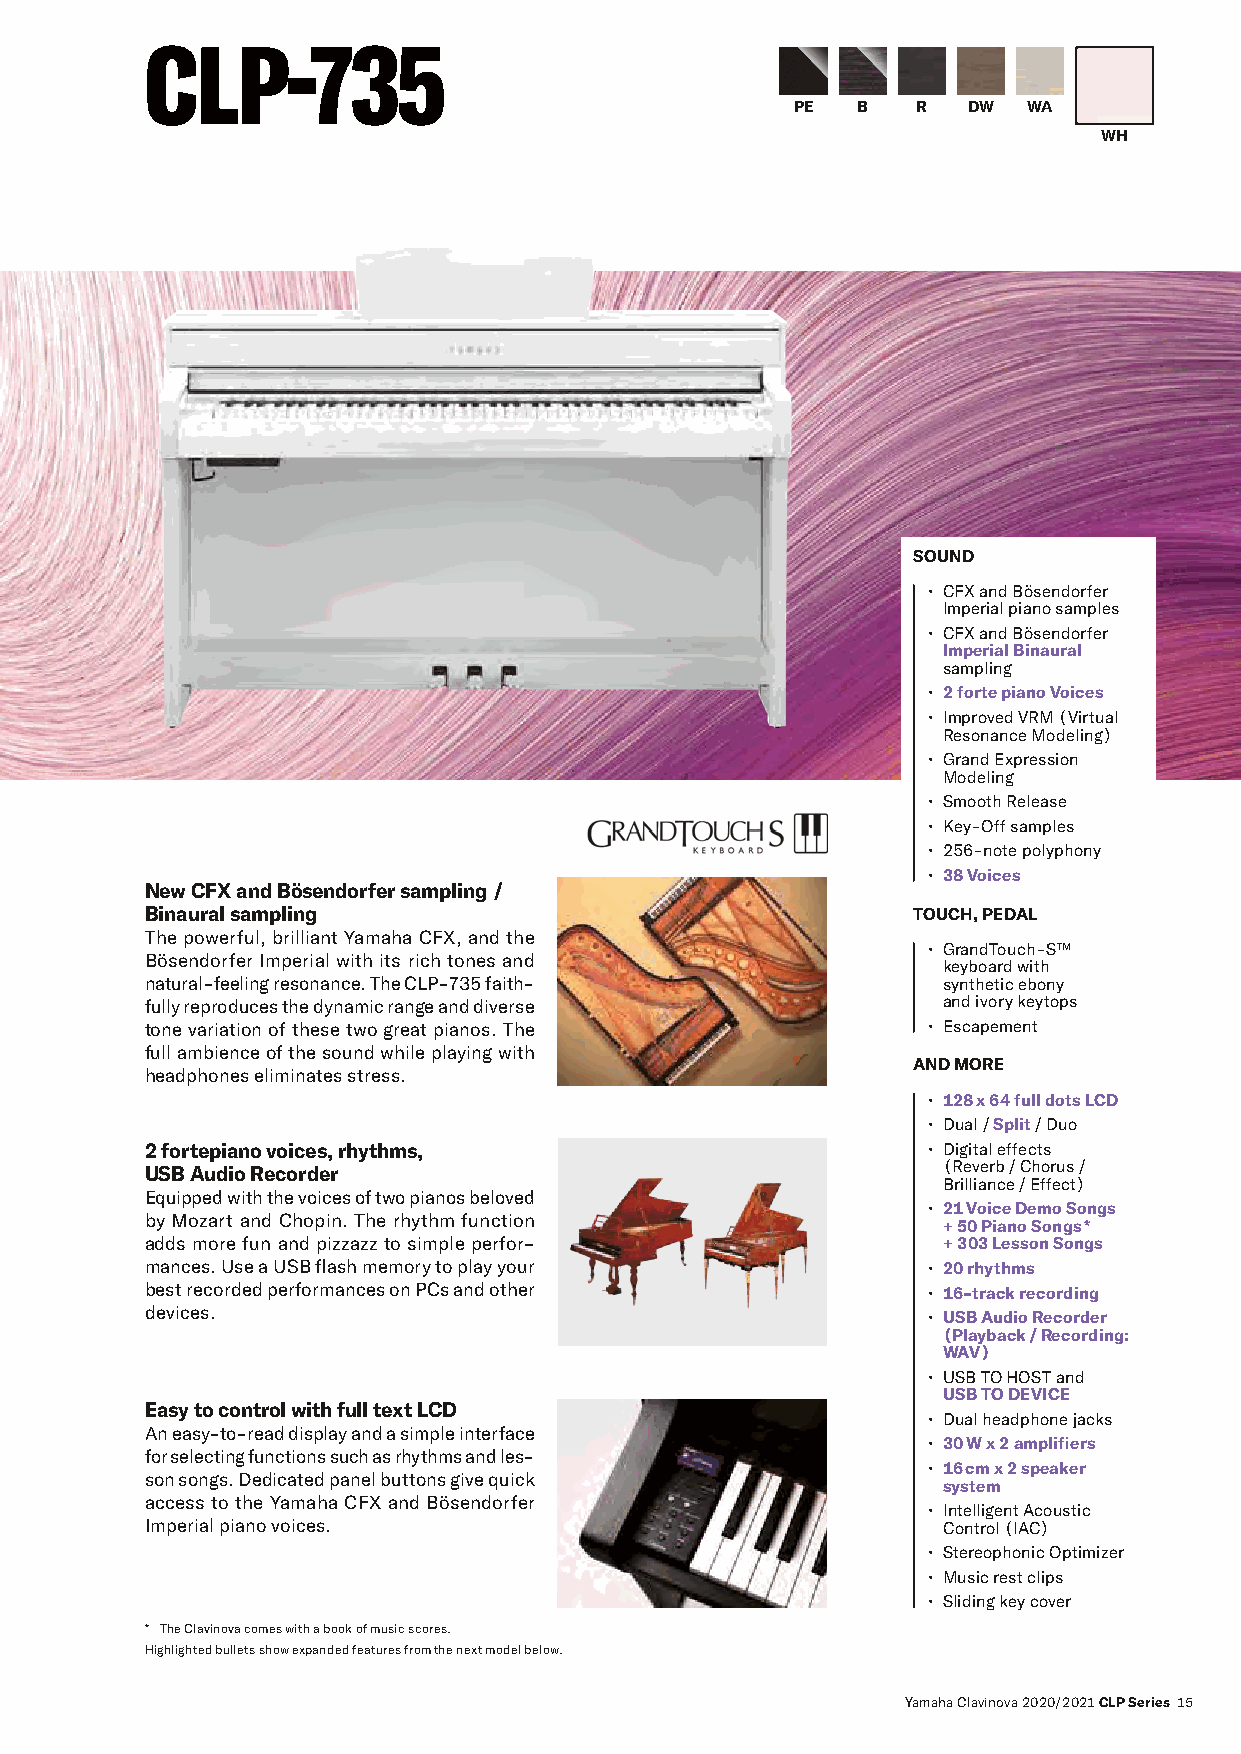
CCLLPP--773355
 PE  B   R  DW  WA
 WH
 SOUND
 • CFX and Bösendorfer
 Imperial piano samples
 • CFX and Bösendorfer
 Imperial Binaural
 sampling
 • 2 forte piano Voices
 • Improved VRM (Virtual
 Resonance Modeling)
 • Grand Expression
 Modeling
 • Smooth Release
 • Key-Off samples
 • 256-note polyphony
 • 38 Voices
 New CFX and Bösendorfer sampling /
 Binaural sampling                                 TOUCH, PEDAL
 The powerful, brilliant Yamaha CFX, and the
 • GrandTouch-S™
 Bösendorfer Imperial with its rich tones and
 keyboard with
 natural-feeling resonance. The CLP-735 faith-       synthetic ebony
 fully reproduces the dynamic range and diverse      and ivory keytops
 tone variation of these two great pianos. The      • Escapement
 full ambience of the sound while playing with
 AND MORE
 headphones eliminates stress.
 • 128 x 64 full dots LCD
 • Dual / Split / Duo
 2 fortepiano voices, rhythms,                      • Digital effects
 USB Audio Recorder                                  (Reverb / Chorus /
 Brilliance / Effect)
 Equipped with the voices of two pianos beloved
 • 21 Voice Demo Songs
 by Mozart and Chopin. The rhythm function
 + 50 Piano Songs *
 adds more fun and pizzazz to simple perfor-         + 303 Lesson Songs
 mances. Use a USB flash memory to play your        • 20 rhythms
 best recorded performances on PCs and other        • 16-track recording
 devices.                                           • USB Audio Recorder
 (Playback / Recording:
 WAV)
 • USB TO HOST and
 USB TO DEVICE
 Easy to control with full text LCD
 • Dual headphone jacks
 An easy-to-read display and a simple interface
 • 30 W x 2 amplifiers
 for selecting functions such as rhythms and les-
 • 16 cm x 2 speaker
 son songs. Dedicated panel buttons give quick
 system
 access to the Yamaha CFX and Bösendorfer
 • Intelligent Acoustic
 Imperial piano voices.                              Control (IAC)
 • Stereophonic Optimizer
 • Music rest clips
 • Sliding key cover
 * The Clavinova comes with a book of music scores.
 Highlighted bullets show expanded features from the next model below.
 Yamaha Clavinova 2020/2021 CLP Series 15